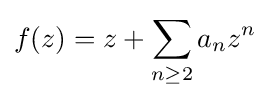
f(z)=z+\sum _{n\geq 2}a_{n}z^{n}